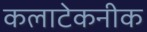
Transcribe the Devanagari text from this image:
कलाटेकनीक